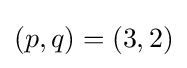
(p,q)=(3,2)